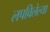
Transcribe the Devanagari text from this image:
लपविलेल्या